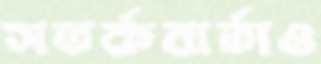
সতর্কবার্তাও